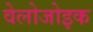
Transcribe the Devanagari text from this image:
वेलोजोइक